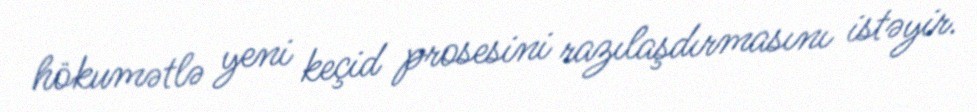
hökumətlə yeni keçid prosesini razılaşdırmasını istəyir.